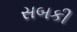
સબકી